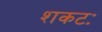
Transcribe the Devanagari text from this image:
शकटः